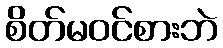
စိတ်မဝင်စားဘဲ